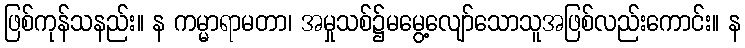
ဖြစ်ကုန်သနည်း။ န ကမ္မာရာမတာ၊ အမှုသစ်၌မမွေ့လျော်သောသူအဖြစ်လည်းကောင်း။ န